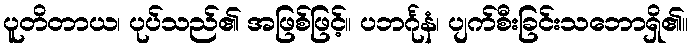
ပူတိတာယ၊ ပုပ်သည်၏ အဖြစ်ဖြင့်။ ပဘင်္ဂုနံ၊ ပျက်စီးခြင်းသဘောရှိ၏။